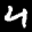
Label: 4